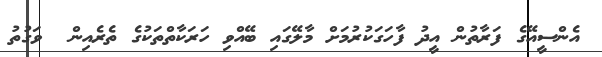
އެންސީއޭގެ ފަރާތުން އީދު ފާހަގަކުރުމަށް މާލޭގައި ބޭއްވި ހަރަކާތްތަކުގެ ތެރެއިން  ވަގުތު